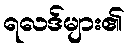
ရလဒ်များ၏